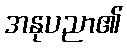
အနုပညာ၏